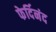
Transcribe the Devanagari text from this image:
फेर्दिनंद